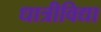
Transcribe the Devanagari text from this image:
धात्रीविद्या